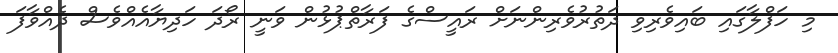
މި ހަފްލާގައި ބައިވެރިވި ދަތުރުވެރިންނަށް ރައީސްގެ ފަރާތްޕުޅުން ވަނީ ރޯދަ ހަދިޔާއެއްވެސް ދެއްވާފަ